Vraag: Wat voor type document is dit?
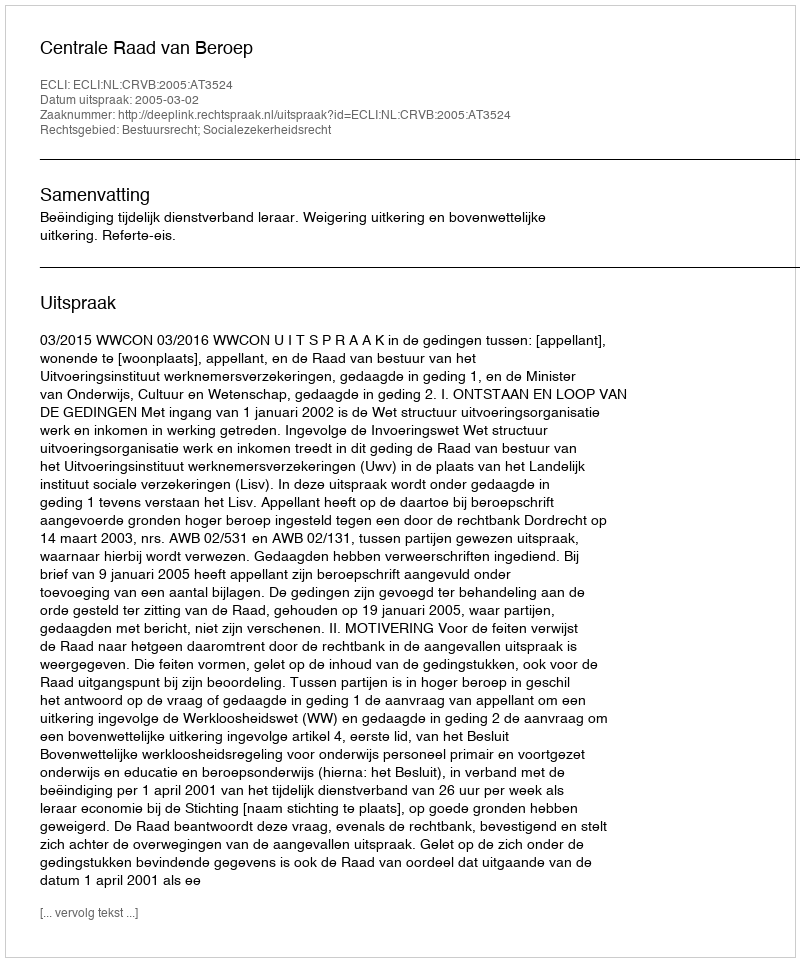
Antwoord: Uitspraak